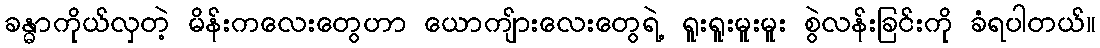
ခန္ဓာကိုယ်လှတဲ့ မိန်းကလေးတွေဟာ ယောကျ်ားလေးတွေရဲ့ ရူးရူးမူးမူး စွဲလန်းခြင်းကို ခံရပါတယ်။